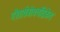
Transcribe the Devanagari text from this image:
गीतार्थबोधचंद्रिकेत